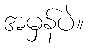
အမှန်ပဲ။